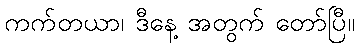
ကက်တယာ၊ ဒီနေ့ အတွက် တော်ပြီ။